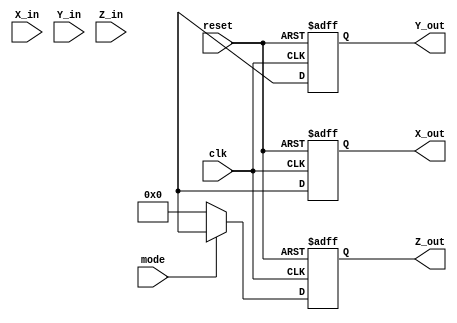
module modified_cordic #(parameter WIDTH = 16, // Width of fixed-point representation
                         parameter ITERATIONS = 16 // Number of iterations for precision
                        )
(
    input wire clk, // Clock signal
    input wire reset, // Reset signal
    input wire [WIDTH-1:0] X_in, // Input vector X
    input wire [WIDTH-1:0] Y_in, // Input vector Y
    input wire [WIDTH-1:0] Z_in, // Input angle in radians
    input wire mode, // Mode: 0 for rotation, 1 for vectoring
    output reg [WIDTH-1:0] X_out, // Output vector X
    output reg [WIDTH-1:0] Y_out, // Output vector Y
    output reg [WIDTH-1:0] Z_out // Remaining phase angle (only in vectoring mode)
);

// Internal Signals
reg [WIDTH-1:0] X_reg [0:ITERATIONS-1]; // Pipeline registers for X
reg [WIDTH-1:0] Y_reg [0:ITERATIONS-1]; // Pipeline registers for Y
reg [WIDTH-1:0] Z_reg [0:ITERATIONS-1]; // Pipeline registers for Z
reg [WIDTH-1:0] atan_lut [0:ITERATIONS-1]; // LUT for arctangent values
reg [WIDTH-1:0] scale; // Scaling factor

// Initialize LUT values for arctan(1/2^n)
initial begin
    atan_lut[0] = 16'b0000000000000000; // arctan(1)
    atan_lut[1] = 16'b0000000000000001; // arctan(1/2)
    atan_lut[2] = 16'b0000000000000010; // arctan(1/4)
    // Continue filling out the LUT for desired values...
end

// Scaling factor (compensating for gain)
initial begin
    scale = 16'b0010000000000000; // Example: 1/2^n for n = 1
end

// State Machine for iterations
integer i;
always @(posedge clk or posedge reset) begin
    if (reset) begin
        // Reset outputs
        X_out <= 0;
        Y_out <= 0;
        Z_out <= 0;
        // Reset pipeline registers
        for (i = 0; i < ITERATIONS; i = i + 1) begin
            X_reg[i] <= 0;
            Y_reg[i] <= 0;
            Z_reg[i] <= 0;
        end
    end else begin
        // Initialize input to the first stage
        X_reg[0] <= X_in;
        Y_reg[0] <= Y_in;
        Z_reg[0] <= Z_in;

        // CORDIC Iterations
        for (i = 0; i < ITERATIONS; i = i + 1) begin
            if (mode == 0) begin // Rotation mode
                if (Z_reg[i] < 0) begin
                    X_reg[i + 1] <= X_reg[i] + (Y_reg[i] >>> i);
                    Y_reg[i + 1] <= Y_reg[i] - (X_reg[i] >>> i);
                    Z_reg[i + 1] <= Z_reg[i] + atan_lut[i];
                end else begin
                    X_reg[i + 1] <= X_reg[i] - (Y_reg[i] >>> i);
                    Y_reg[i + 1] <= Y_reg[i] + (X_reg[i] >>> i);
                    Z_reg[i + 1] <= Z_reg[i] - atan_lut[i];
                end
            end else begin // Vectoring mode
                if (Y_reg[i] < 0) begin
                    X_reg[i + 1] <= X_reg[i] + (Y_reg[i] >>> i);
                    Y_reg[i + 1] <= Y_reg[i] - (X_reg[i] >>> i);
                    Z_reg[i + 1] <= Z_reg[i] - atan_lut[i];
                end else begin
                    X_reg[i + 1] <= X_reg[i] - (Y_reg[i] >>> i);
                    Y_reg[i + 1] <= Y_reg[i] + (X_reg[i] >>> i);
                    Z_reg[i + 1] <= Z_reg[i] + atan_lut[i];
                end
            end
        end

        // Final outputs
        X_out <= X_reg[ITERATIONS];
        Y_out <= Y_reg[ITERATIONS];
        if (mode) begin
            Z_out <= Z_reg[ITERATIONS];
        end else begin
            Z_out <= 0; // Z_out is not relevant in rotation mode
        end
    end
end

endmodule